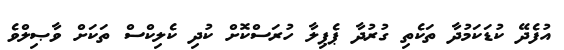
އުފެދޭ ކުޑަކަމުދާ ތަކެތި ގުރުދާ ޕެޕިލާ ހުރަސްކޮށް ކުދި ކެލިކްސް ތަކަށް ވާޞިލްވެ